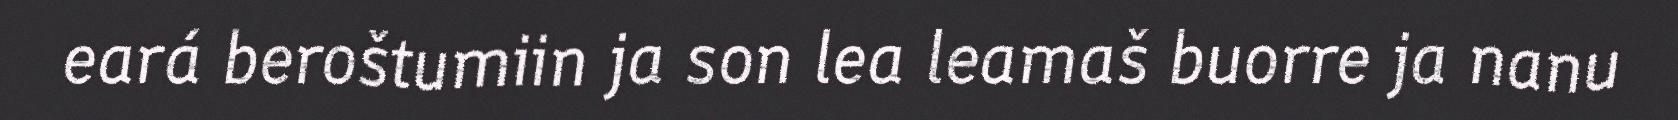
eará beroštumiin ja son lea leamaš buorre ja nanu